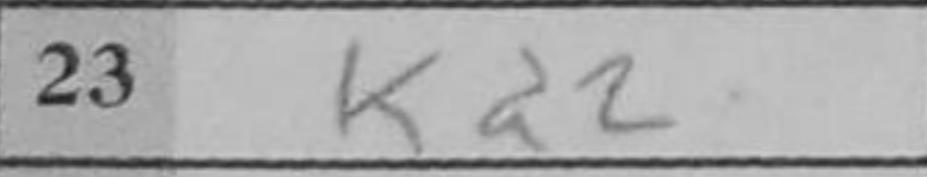
Transcription: Kd2